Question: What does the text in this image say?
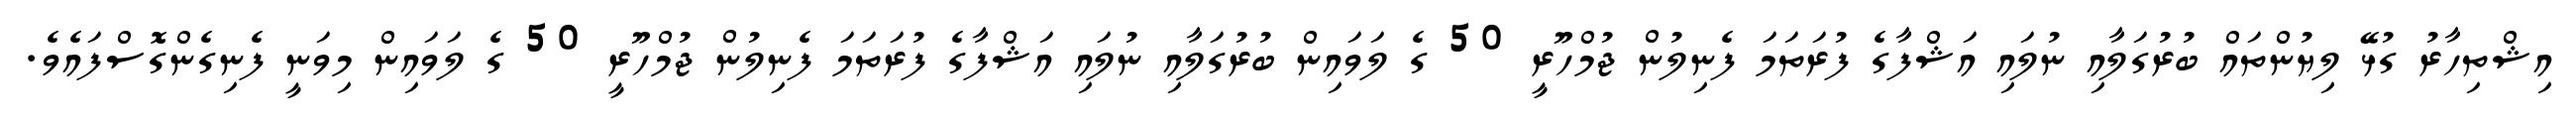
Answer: އިޝްތިހާރު ގުޅޭ ލިޔުންތައް ބުރުގަލާއި ނުލައި އަޝްފާގެ ފުރަތަމަ ފެނިލުން ޖުމްހޫރީ 50 ގެ ލަވައިން ބުރުގަލާއި ނުލައި އަޝްފާގެ ފުރަތަމަ ފެނިލުން ޖުމްހޫރީ 50 ގެ ލަވައިން މިވަނީ ފެނިގެންގޮސްފައެވެ.